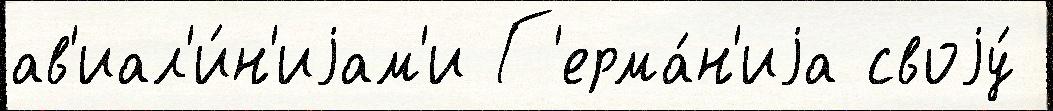
ав'иал'и́н'иjам'и Г'ерма́н'иjа своjу́